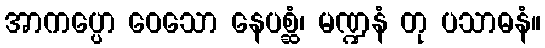
အာကပ္ပော ဝေသော နေပစ္ဆံ၊ မဏ္ဍနံ တု ပသာဓနံ။